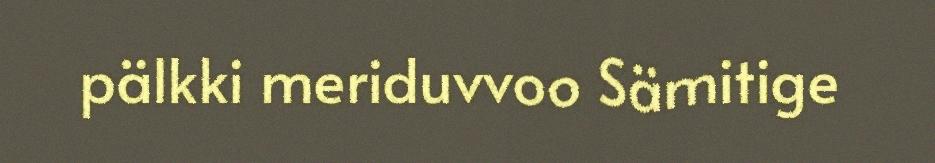
pälkki meriduvvoo Sämitige